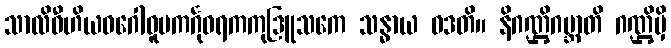
သာလိဝီဟိယဝဂေါဓူမကင်္ဂုဝရကကုဒြူသကေ သန္ဓာယ ဝဒတိ။ နိဂဏ္ဌိဂဗ္ဘာတိ ဂဏ္ဌိမှိ